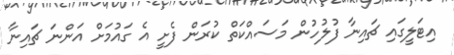
އިޓަލީގައި ޗައިނާ ފުލުހުން މަސައްކަތް ކުރަން ފެށީ އެ ގައުމަށް އަންނަ ޗައިނާ